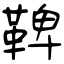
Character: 鞞